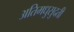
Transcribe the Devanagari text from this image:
अतिमधुसुदती